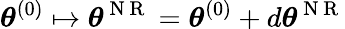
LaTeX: {\boldsymbol{\theta}}^{(0)}\mapsto{\boldsymbol{\theta}}^{\mathrm{~N~R~}}={\boldsymbol{\theta}}^{(0)}+d{\boldsymbol{\theta}}^{\mathrm{~N~R~}}